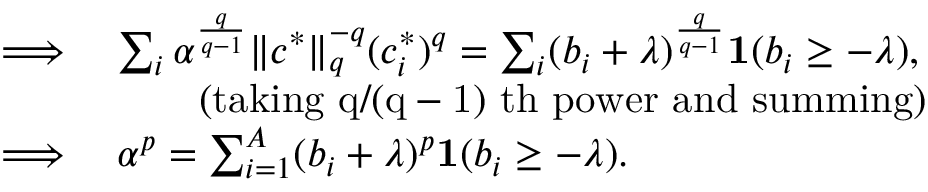
\begin{array} { r l } { \implies } & { \sum _ { i } \alpha ^ { \frac { q } { q - 1 } } \lVert c ^ { * } \rVert _ { q } ^ { - q } ( c _ { i } ^ { * } ) ^ { q } = \sum _ { i } ( b _ { i } + \lambda ) ^ { \frac { q } { q - 1 } } \mathbf { 1 } ( b _ { i } \geq - \lambda ) , } \\ & { \qquad \mathrm { ( t a k i n g ~ q / ( q - 1 ) ~ t h ~ p o w e r ~ a n d ~ s u m m i n g ) } } \\ { \implies } & { \alpha ^ { p } = \sum _ { i = 1 } ^ { A } ( b _ { i } + \lambda ) ^ { p } \mathbf { 1 } ( b _ { i } \geq - \lambda ) . } \end{array}